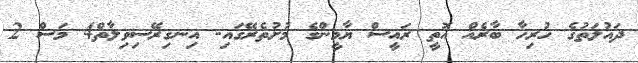
ދައުލަތުގެ ހުރިހާ ބާރެއް އޮތީ ރައީސް ޔާމީންގެ މުށުތެރޭގައި- އިނގިރޭސިވިލާތް4 މަސް 2